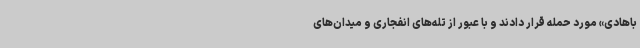
باهادی» مورد حمله قرار دادند و با عبور از تله‌های انفجاری و میدان‌های